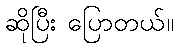
ဆိုပြီး ပြောတယ်။